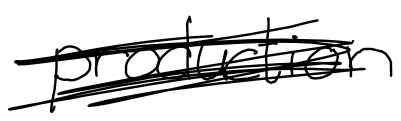
Text: production
Cross-out: mix
Writing tool: digital_black